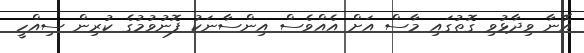
އޭނާ ވިދާޅުވި ގޮތުގައި މާސް އަށް އެއްވެސް އިންސާނަކު ފޮނުވުމުގެ ކުރިން ސިއްހީ